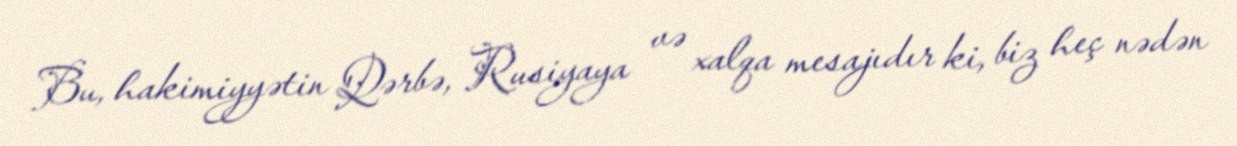
Bu, hakimiyyətin Qərbə, Rusiyaya və xalqa mesajıdır ki, biz heç nədən